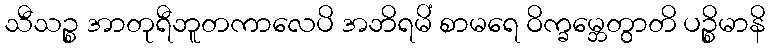
သီသဉ္စ အာတုရီဘူတကာလေပိ အဘိရမိံ စာမရေ ဝိက္ခမ္ဘေတွာတိ ပဉ္စိမာနိ